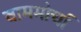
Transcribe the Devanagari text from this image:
वाममोर्चा